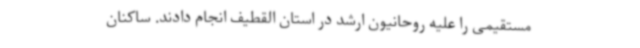
مستقیمی را علیه روحانیون ارشد در استان القطیف انجام دادند. ساکنان